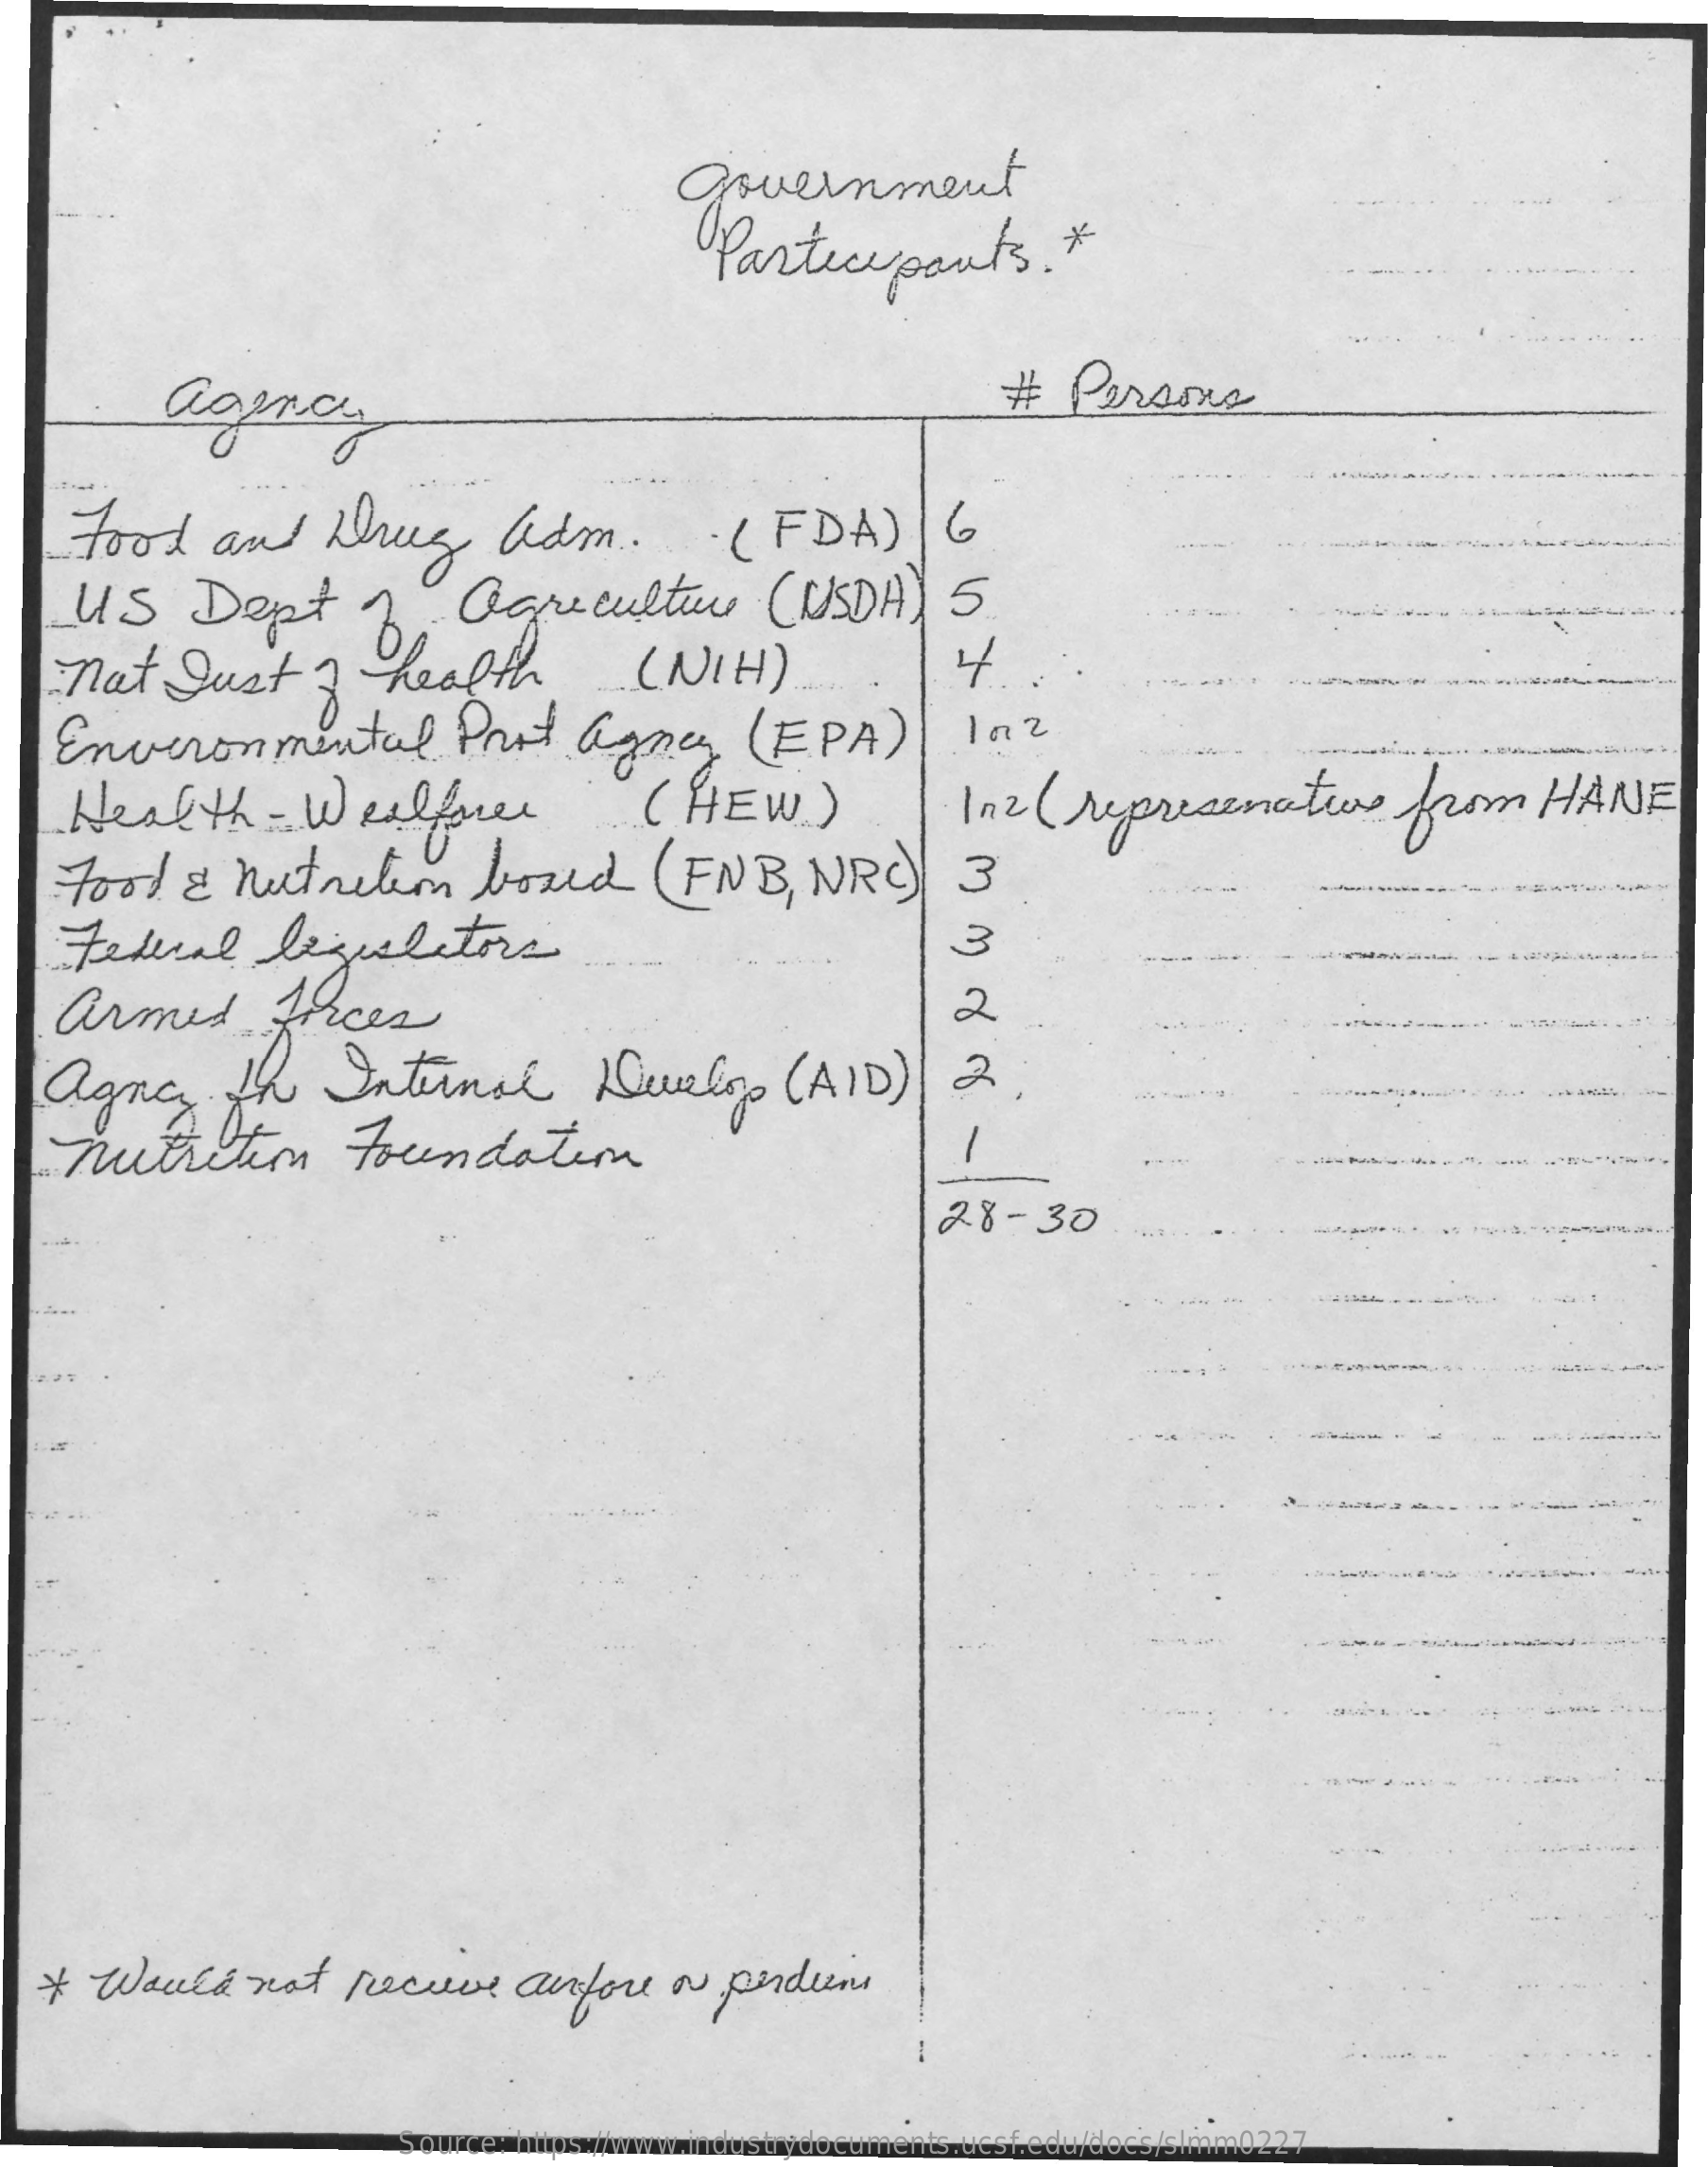
government
     Participants.    *
     agence    #   Persons
     Food    and    drug    adm    ..    (  FDA    )|  6
     US    Dept    2-    agriculture    ( USDA   ) 5
    nat    Just    2    health    ( NIH    )    4.
    Environmental    Post    agency    ( EPA    )    10  2
    Health    - Westfree    .. ( HEW    )    In2(   represenation    from    HANE
    Food    &  nutrition    boxed    (FNB,    NRC)    3
    Federal    legislators    3
    armed    forces    2
   agna    the  Internal    Develop    (AID)    2
    nutrition    Foundation
     28-30
   * Would    not   receive    anfore    o   perdiem
     -
     Source: https://www.industrydocuments.ucsf.edu/docs/slmm0227